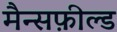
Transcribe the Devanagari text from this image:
मैन्सफ़ील्ड